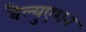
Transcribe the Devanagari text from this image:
वैल्युएशन